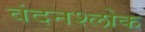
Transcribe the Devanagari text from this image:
वंदनश्लोक